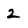
Character: 2